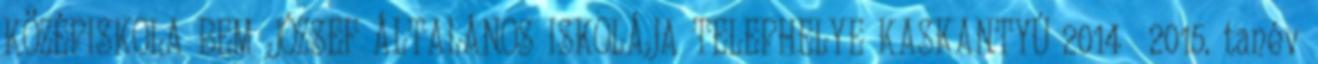
KÖZÉPISKOLA BEM JÓZSEF ÁLTALÁNOS ISKOLÁJA TELEPHELYE KASKANTYÚ 2014 2015. tanév